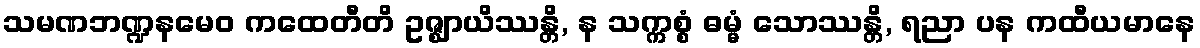
သမဏဘဏ္ဍနမေဝ ကထေတီတိ ဥဇ္ဈာယိဿန္တိ, န သက္ကစ္စံ ဓမ္မံ သောဿန္တိ, ရညာ ပန ကထီယမာနေ